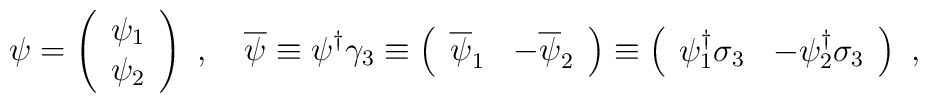
\psi=\left(\begin{array}{c}\psi_{1}\\\psi_{2}\end{array}\right)\ ,\quad\overline\psi\equiv\psi^{\dag}\gamma_{3}\equiv\left(\begin{array}{cc}\overline\psi_{1}&-\overline\psi_{2}\end{array}\right)\equiv\left(\begin{array}{cc}\psi_{1}^{\dag}\sigma_{3}&-\psi_{2}^{\dag}\sigma_{3}\end{array}\right)\ ,